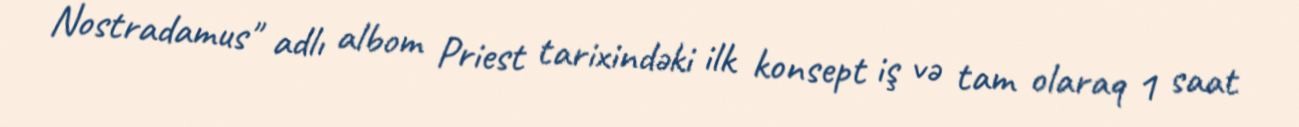
Nostradamus" adlı albom Priest tarixindəki ilk konsept iş və tam olaraq 1 saat